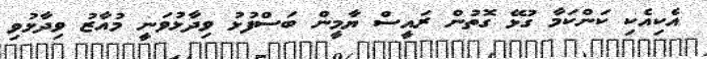
އެކިއެކި ކަންކަމާ ގުޅޭ ގޮތުން ރައީސް ޔާމީން ބަސްފުޅު ވިދާޅުވަނީ މުއާޒު ވިދާޅުވި